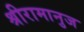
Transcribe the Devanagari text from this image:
श्रीरामानुज